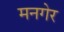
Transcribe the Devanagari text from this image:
मनगेर